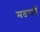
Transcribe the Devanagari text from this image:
मतराएँ